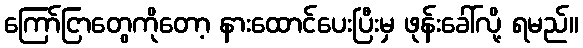
ကြော်ငြာတွေကိုတော့ နားထောင်ပေးပြီးမှ ဖုန်းခေါ်လို့ ရမည်။